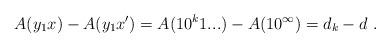
LaTeX: \begin{align*}A(y_1x) - A(y_1x') = A(10^k1...) - A(10^\infty) = d_k - d \ .\end{align*}